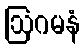
ဩဂမနံ